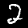
Digit: 2